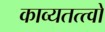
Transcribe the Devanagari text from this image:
काव्यतत्त्वों